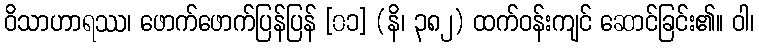
ဝိသာဟာရဿ၊ ဖောက်ဖောက်ပြန်ပြန် [၀၁] (နိ၊ ၃၈၂) ထက်ဝန်းကျင် ဆောင်ခြင်း၏။ ဝါ၊